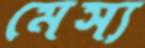
মেস্য